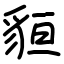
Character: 貆